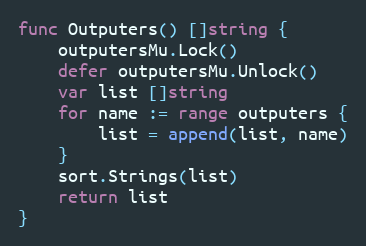
Language: Go
func Outputers() []string {
	outputersMu.Lock()
	defer outputersMu.Unlock()
	var list []string
	for name := range outputers {
		list = append(list, name)
	}
	sort.Strings(list)
	return list
}